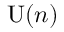
\mathrm { U } ( n )